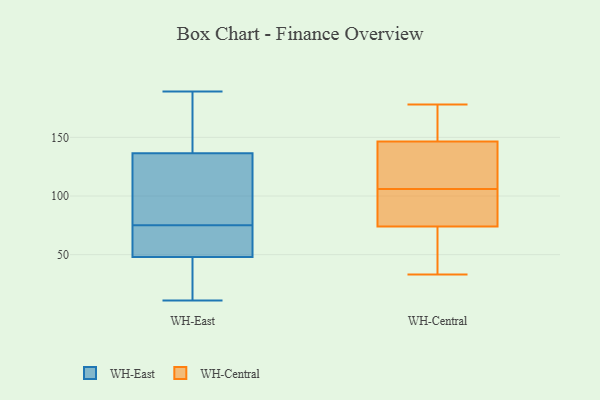
{"axis": {"x": "Energy Usage (MWh)", "y": "Value"}, "legend": ["WH-Central", "WH-East"], "data": [{"x": "", "y": 71, "type": "WH-East"}, {"x": "", "y": 11, "type": "WH-East"}, {"x": "", "y": 166, "type": "WH-East"}, {"x": "", "y": 75, "type": "WH-East"}, {"x": "", "y": 179, "type": "WH-East"}, {"x": "", "y": 12, "type": "WH-East"}, {"x": "", "y": 17, "type": "WH-East"}, {"x": "", "y": 48, "type": "WH-East"}, {"x": "", "y": 138, "type": "WH-East"}, {"x": "", "y": 124, "type": "WH-East"}, {"x": "", "y": 132, "type": "WH-East"}, {"x": "", "y": 37, "type": "WH-East"}, {"x": "", "y": 63, "type": "WH-East"}, {"x": "", "y": 102, "type": "WH-East"}, {"x": "", "y": 189, "type": "WH-East"}, {"x": "", "y": 48, "type": "WH-East"}, {"x": "", "y": 97, "type": "WH-East"}, {"x": "", "y": 157, "type": "WH-East"}, {"x": "", "y": 71, "type": "WH-East"}, {"x": "", "y": 107, "type": "WH-Central"}, {"x": "", "y": 68, "type": "WH-Central"}, {"x": "", "y": 115, "type": "WH-Central"}, {"x": "", "y": 159, "type": "WH-Central"}, {"x": "", "y": 76, "type": "WH-Central"}, {"x": "", "y": 42, "type": "WH-Central"}, {"x": "", "y": 169, "type": "WH-Central"}, {"x": "", "y": 154, "type": "WH-Central"}, {"x": "", "y": 42, "type": "WH-Central"}, {"x": "", "y": 99, "type": "WH-Central"}, {"x": "", "y": 106, "type": "WH-Central"}, {"x": "", "y": 144, "type": "WH-Central"}, {"x": "", "y": 33, "type": "WH-Central"}, {"x": "", "y": 133, "type": "WH-Central"}, {"x": "", "y": 91, "type": "WH-Central"}, {"x": "", "y": 77, "type": "WH-Central"}, {"x": "", "y": 178, "type": "WH-Central"}]}